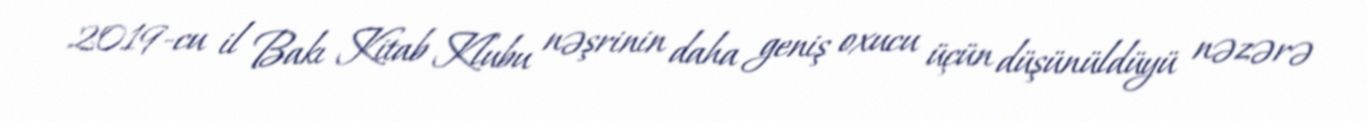
2019-cu il Bakı Kitab Klubu nəşrinin daha geniş oxucu üçün düşünüldüyü nəzərə